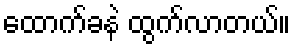
ထောက်ခနဲ ထွက်လာတယ်။